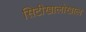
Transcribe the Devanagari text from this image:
सिटीखालोखाल